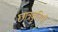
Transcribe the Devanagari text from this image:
छात्रवृतियों